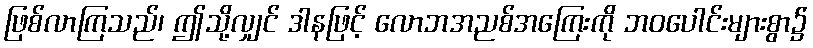
ဖြစ်လာကြသည်၊ ဤသို့လျှင် ဒါနဖြင့် လောဘအညစ်အကြေးကို ဘဝပေါင်းများစွာ၌